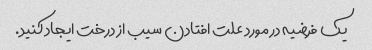
یک فرضیه در مورد علت افتادن سیب از درخت ایجاد کنید.